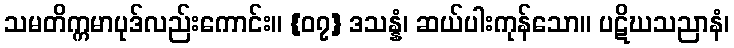
သမတိက္ကမာပုဒ်လည်းကောင်း။ {၀၇} ဒသန္နံ၊ ဆယ်ပါးကုန်သော။ ပဋိဃသညာနံ၊